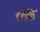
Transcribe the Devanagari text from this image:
रसक